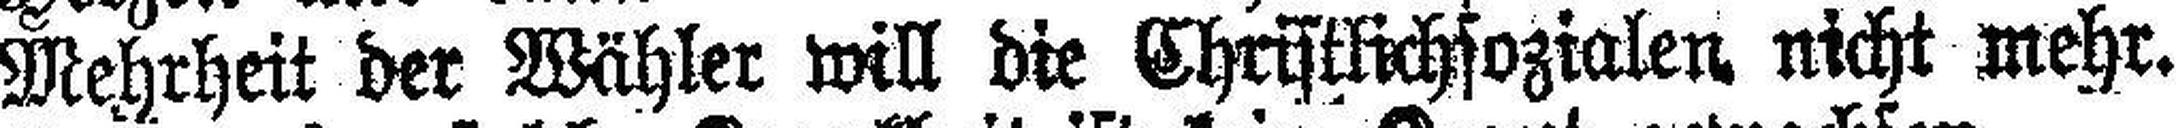
Mehrheit der Wähler will die Christlichsozialen nicht mehr.